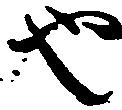
也